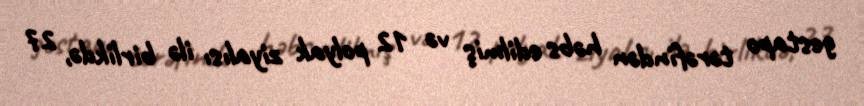
gestapo tərəfindən həbs edilmiş və 12 polyak ziyalısı ilə birlikdə, 27